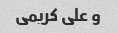
و علی کریمی